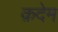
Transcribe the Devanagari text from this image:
क़देम